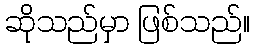
ဆိုသည်မှာ ဖြစ်သည်။